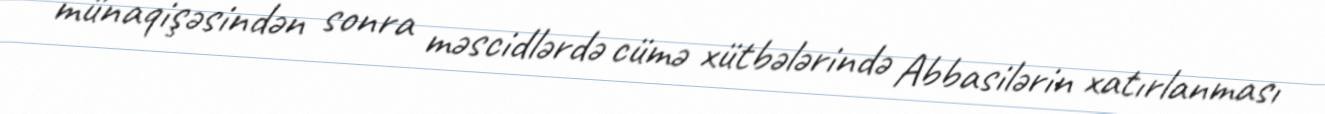
münaqişəsindən sonra məscidlərdə cümə xütbələrində Abbasilərin xatırlanması